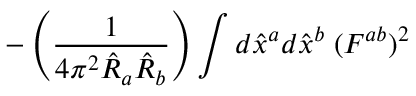
- \left( \frac { 1 } { 4 \pi ^ { 2 } \hat { R } _ { a } \hat { R } _ { b } } \right) \int d \hat { x } ^ { a } d \hat { x } ^ { b } \; ( F ^ { a b } ) ^ { 2 }